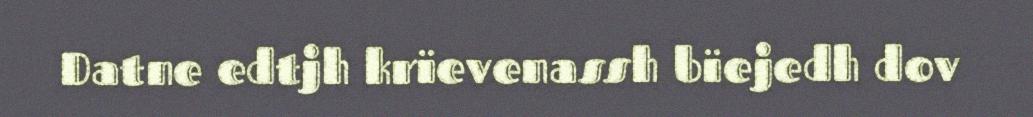
Datne edtjh krïevenassh bïejedh dov